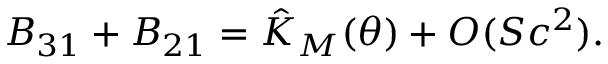
B _ { 3 1 } + B _ { 2 1 } = \hat { K } _ { M } ( \theta ) + O ( S c ^ { 2 } ) .